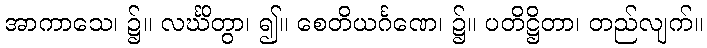
အာကာသေ၊ ၌။ လင်္ဃိတွာ၊ ၍။ စေတိယင်္ဂဏေ၊ ၌။ ပတိဋ္ဌိတာ၊ တည်လျက်။